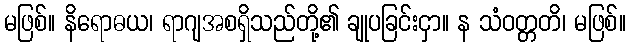
မဖြစ်။ နိရောဓယ၊ ရာဂျအစရှိသည်တို့၏ ချုပခြင်းငှာ။ န သံဝတ္တတိ၊ မဖြစ်။